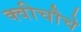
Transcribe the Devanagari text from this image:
क्वीचौचे